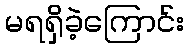
မရရှိခဲ့ကြောင်း